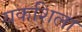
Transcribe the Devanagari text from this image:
यकशिला